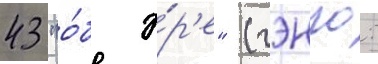
43 "о́б э́р'е" (гэнго: